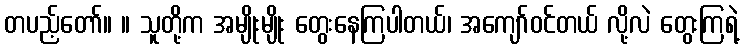
တပည့်တော်။ ။ သူတို့က အမျိုးမျိုး တွေးနေကြပါတယ်၊ အကျော်ဝင်တယ် လို့လဲ တွေးကြရဲ့